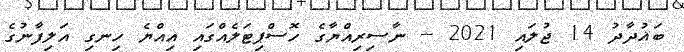
ބަޣުދާދު 14 ޖުލައި 2021 -- ނާސިރިއްޔާގެ ހޮސްޕިޓަލެއްގައި އިއްޔެ ހިނގި އަލިފާނުގެ